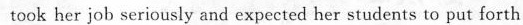
took her job seriously and expected her students to put forth